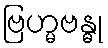
ဗြဟ္မဗန္ဓု